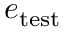
e _ { \mathrm { t e s t } }